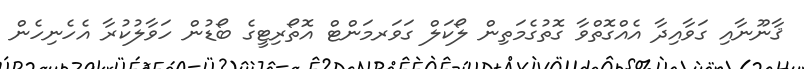
ޤާނޫނާއި ގަވާއިދާ އެއްގޮތްވާ ގޮތުގެމަތިން ލޯކަލް ގަވަރމަންޓް އޮތޯރިޓީގެ ބޯޑުން ހަވާލުކުރާ އެހެނިހެން